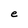
Character: e